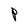
Character: P